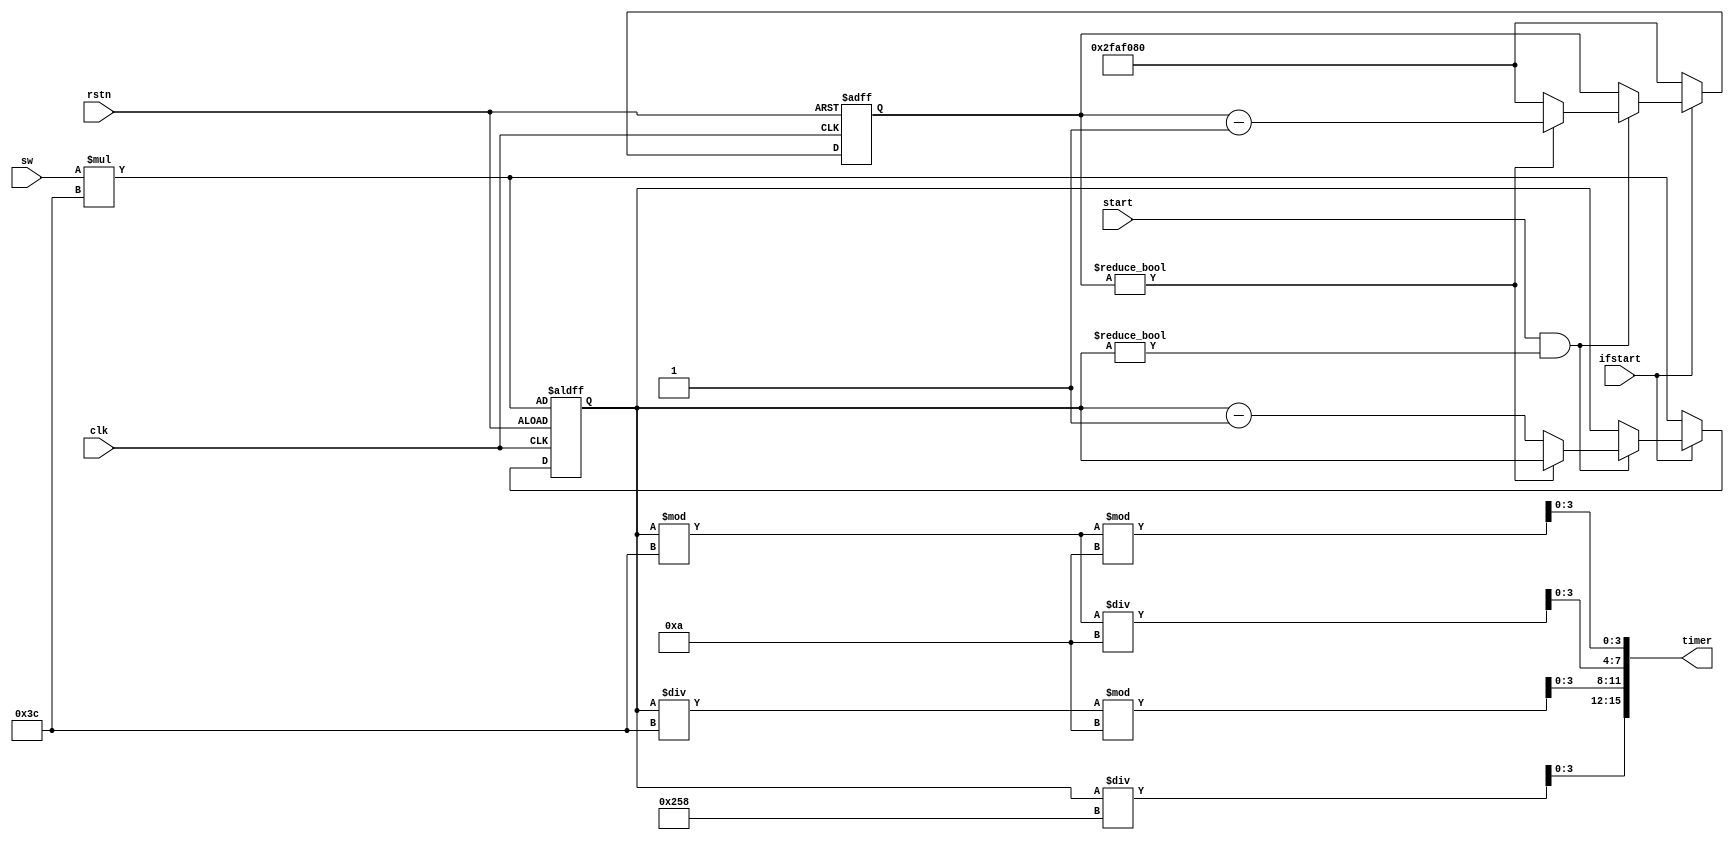
module TIMER(
    input clk,rstn,start,ifstart,
    input [3:0]sw,
    output reg [16:1]timer
);
    reg [27:1]t;
    reg [10:1]timerr;
    always @ (posedge clk,negedge rstn) begin
        if(~rstn) begin timerr<=sw*60;t<=50000000; end
        else if(~ifstart)begin timerr<=sw*60;t<=50000000; end
        else if(start&&timerr!=0) begin
            if(t!=0) begin t<=t-1; end
            else begin timerr<=timerr-1;t<=50000000; end
        end
    end

    always @(*) begin
        timer[16:13]=timerr/600;
        timer[12:9]=(timerr/60)%10;
        timer[8:5]=(timerr%60)/10;
        timer[4:1]=(timerr%60)%10;
    end
endmodule